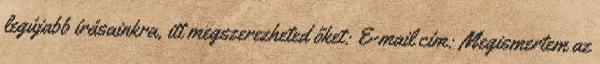
legújabb írásainkra, itt megszerezheted őket: E-mail cím: Megismertem az